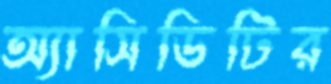
অ্যাসিডিটির